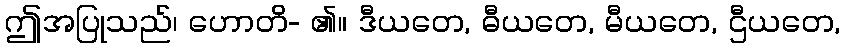
ဤအပြုသည်၊ ဟောတိ- ၏။ ဒီယတေ, ဓီယတေ, မီယတေ, ဌီယတေ,